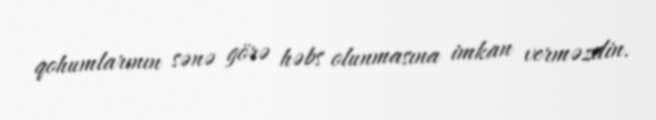
qohumlarının sənə görə həbs olunmasına imkan verməzdin.